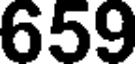
659